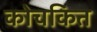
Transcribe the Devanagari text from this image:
कोचकित